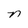
Character: n